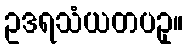
ဥဒရသံယတပဥှ။